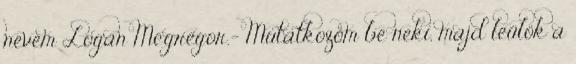
nevem Logan Mcgregor.- Mutatkozom be neki, majd leülök a